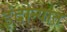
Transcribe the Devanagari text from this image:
इंदोऱ्यात